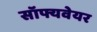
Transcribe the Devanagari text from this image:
सॉफ्यवेयर